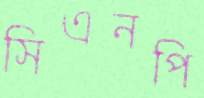
সিএনপি